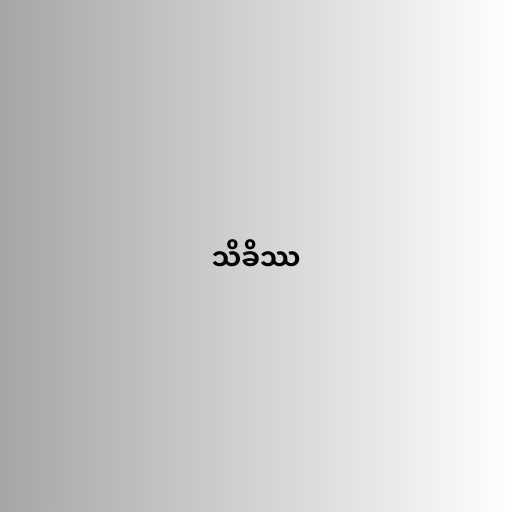
သိခိဿ